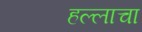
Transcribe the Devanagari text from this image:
हल्लाचा